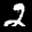
Label: 2